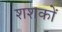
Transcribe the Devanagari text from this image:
शशकों